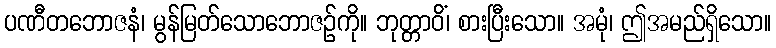
ပဏီတဘောဇနံ၊ မွန်မြတ်သောဘောဇဉ်ကို။ ဘုတ္တာဝိံ၊ စားပြီးသော။ အမုံ၊ ဤအမည်ရှိသော။